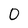
Character: O